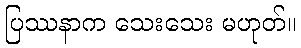
ပြဿနာက သေးသေး မဟုတ်။